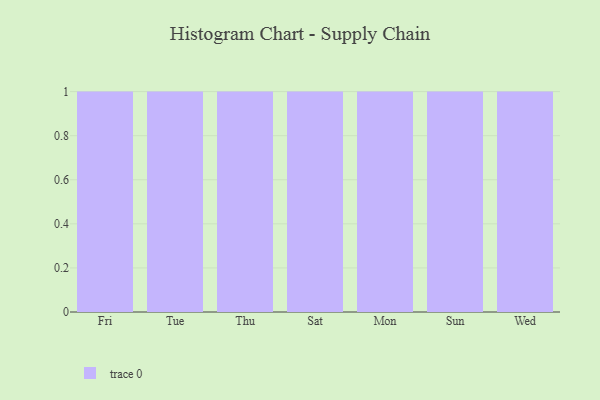
{"axis": {"x": "Day", "y": "Bounce Rate (%)"}, "legend": [""], "data": [{"x": "Fri", "y": 22, "type": ""}, {"x": "Tue", "y": 78, "type": ""}, {"x": "Thu", "y": 64, "type": ""}, {"x": "Sat", "y": 6, "type": ""}, {"x": "Mon", "y": 24, "type": ""}, {"x": "Sun", "y": 96, "type": ""}, {"x": "Wed", "y": 61, "type": ""}]}